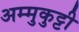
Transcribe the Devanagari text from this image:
अम्मुकुट्टी